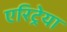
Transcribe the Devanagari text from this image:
एरिट्रेया